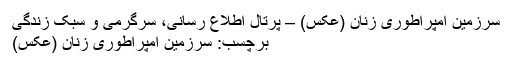
سرزمین امپراطوری زنان (عکس) – پرتال اطلاع رسانی، سرگرمی و سبک زندگی
برچسب: سرزمین امپراطوری زنان (عکس)